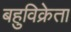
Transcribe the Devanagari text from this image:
बहुविक्रेता